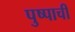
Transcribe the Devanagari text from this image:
पुष्पाची